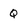
Character: Q